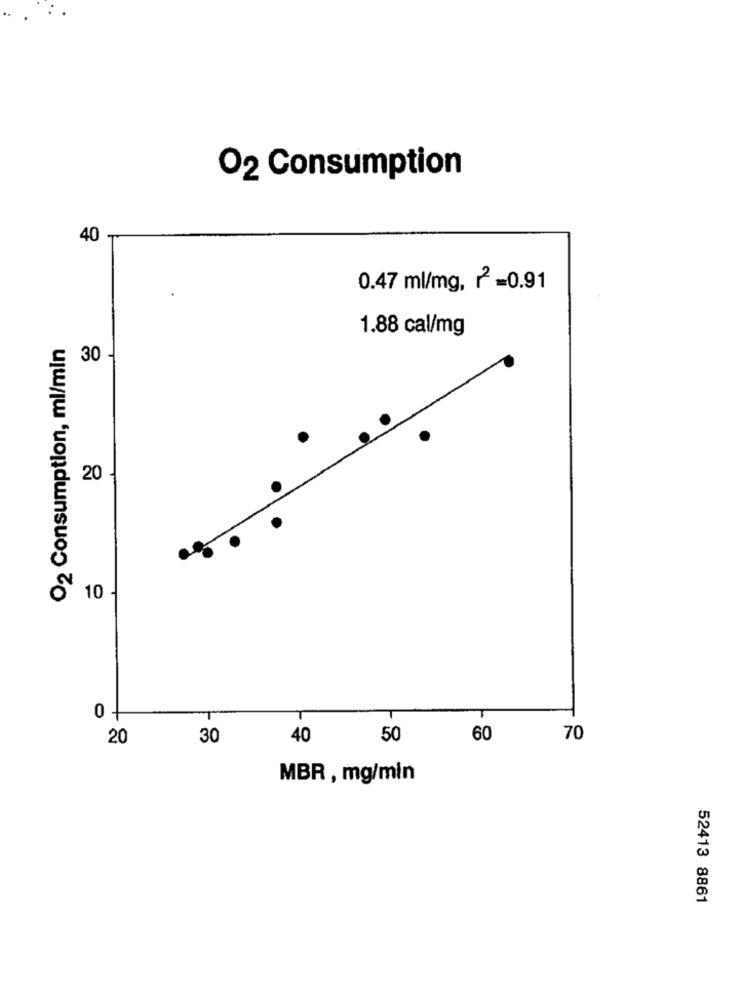
O2 Consumption
40 .
0.47 ml/mg, 12 =0.91
1.88 cal/mg
O2 Consumption, ml/min
30 -
20
.
10
0 +
20
30
40
50
60
70
MBR , mg/min
52413 8861